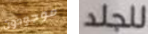
موجودون للجلد